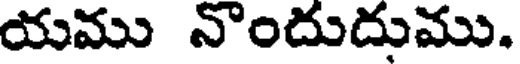
యము నొందుదుము.